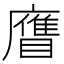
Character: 𥊹